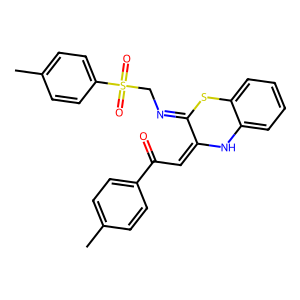
SMILES: Cc1ccc(C(=O)C=C2Nc3ccccc3SC2=NCS(=O)(=O)c2ccc(C)cc2)cc1
Inhibits HIV replication: No